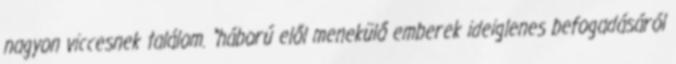
nagyon viccesnek találom. "háború elől menekülő emberek ideiglenes befogadásáról